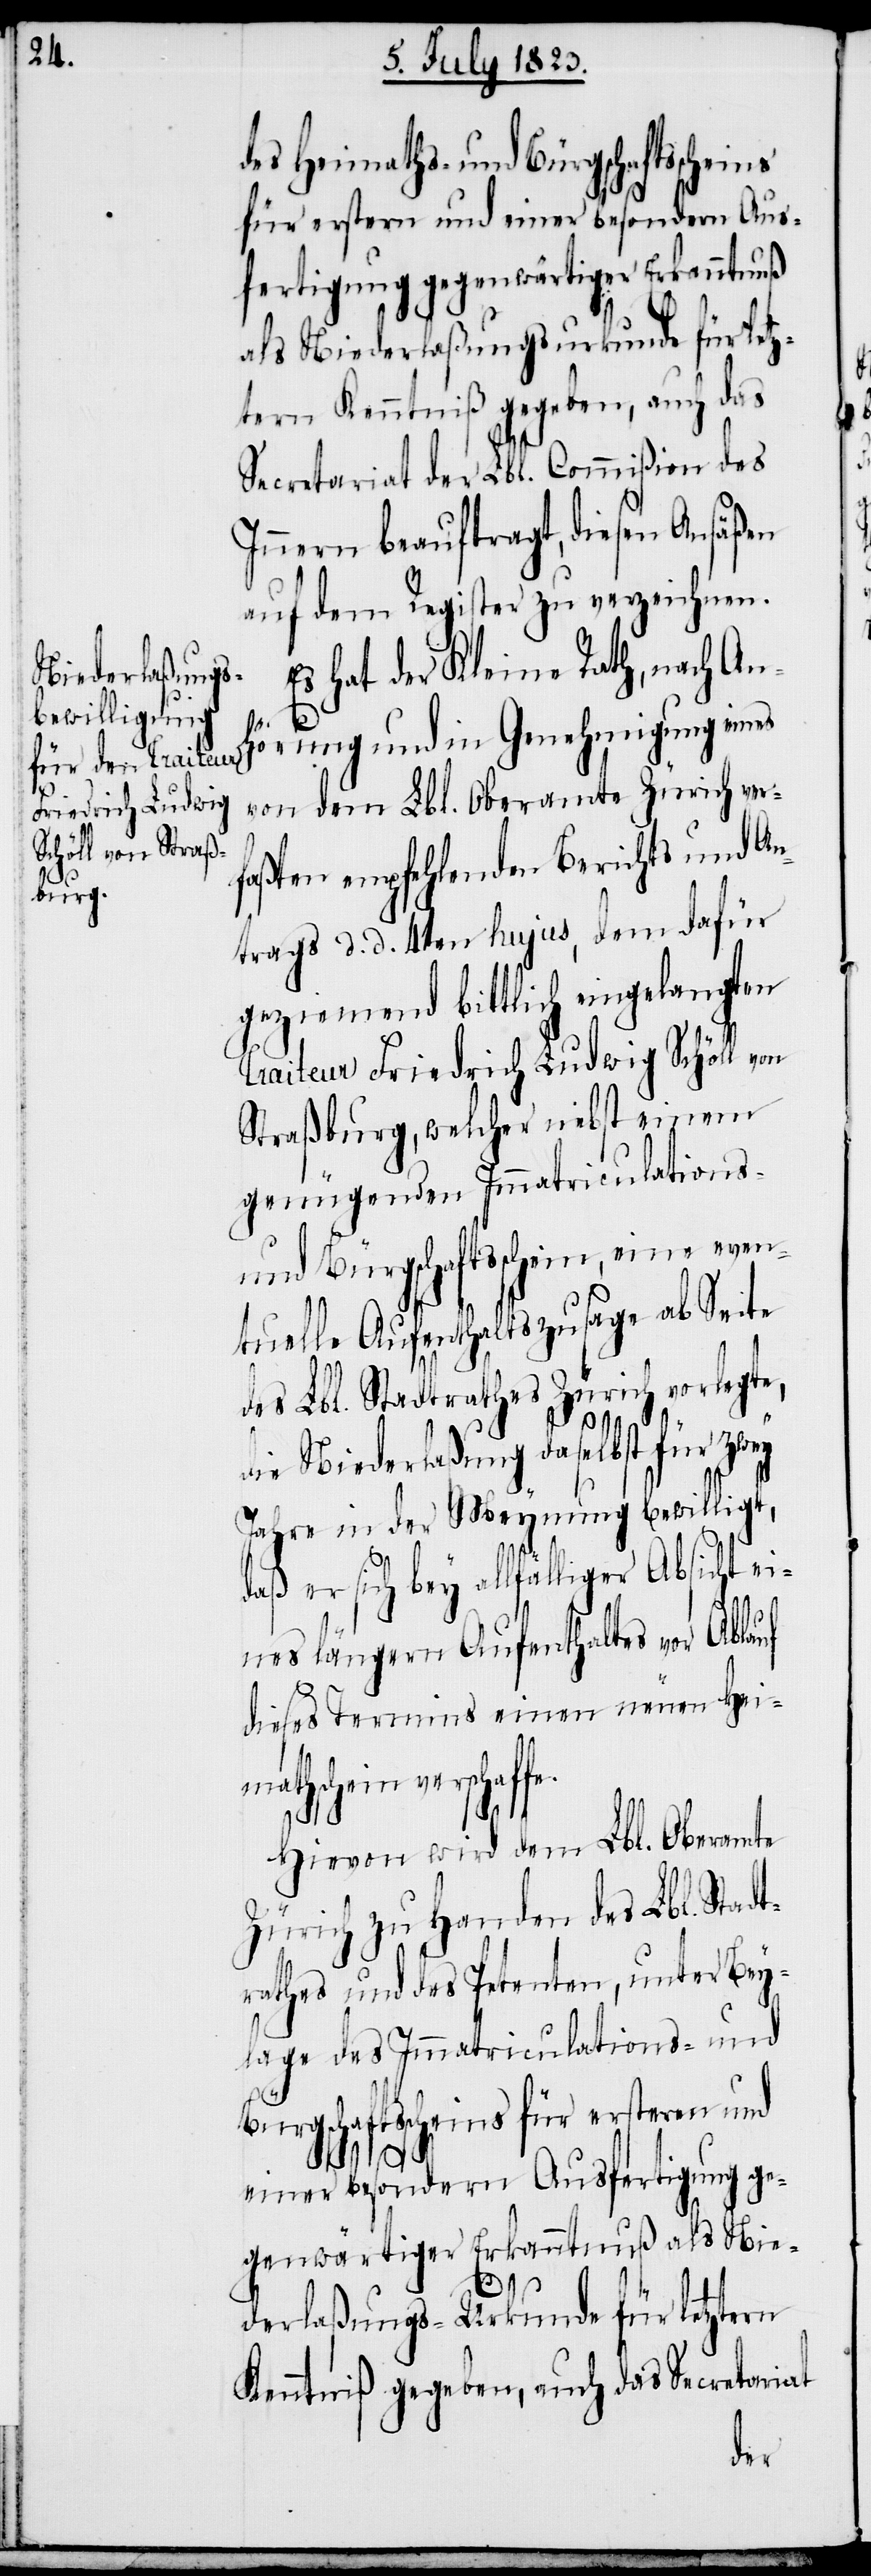
des Heimaths- und Bürgschaftsscheins
für erstern und einer besondern Aus¬
fertigung gegenwärtiger Erkanntnuß
als Niederlaßungsurkunde für letz¬
tern Kenntniß gegeben, auch das
Secretariat der Lbl. Commißion des
Innern beauftragt, diesen Ansäßen
auf dem Register zu verzeichenen.
Es hat der Kleine Rath, nach An¬
fe.
hörung und in Genehmigung eines
von dem Lbl. Oberamte Zürich ver¬
faßten empfehlenden Berichts und An¬
trags d. d. 4ten hujus, dem dafür
geziemend bittlich eingelangten
Traiteur Friedrich Ludwig Schöll von
Straßburg, welcher nebst einem
genügenden Immatriculations-
und Bürgschaftsschein, eine even¬
tuelle Aufenthaltszusage ab Seite
des Lbl. Stadtrathes Zürich vorlegte,
die Niederlaßung daselbst für zwey
Jahre in der Meynung bewilligt,
daß er sich bey allfälliger
eines längern Aufenthaltes vor Ablauf
dieses Termins einen neuen Heim¬
athschein verschaf¬
Hievon wird dem Lbl. Oberamte
Zürich zu Handen des Lbl. Stadt¬
rathes und des Petenten, unter Bey¬
lage des Immatriculations- und
Bürgschaftsscheins für ersteren und
einer besondern Ausfertigung ge¬
genwärtiger Erkanntnuß als Nie¬
derlaßungs-Urkunde für letztern
Kenntniß gegeben, auch das Secretariat